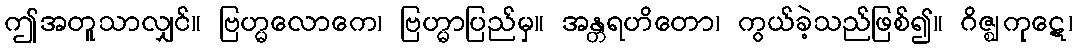
ဤအတူသာလျှင်။ ဗြဟ္မလောကေ၊ ဗြဟ္မာပြည်မှ။ အန္တရဟိတော၊ ကွယ်ခဲ့သည်ဖြစ်၍။ ဂိဇ္ဈကုဋေ၊